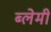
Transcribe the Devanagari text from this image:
ब्लेमी